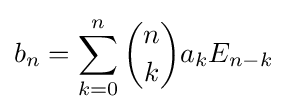
{\begin{aligned}b_{n}&=\sum _{k=0}^{n}{\binom {n}{k}}a_{k}E_{n-k}\\\end{aligned}}